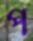
প